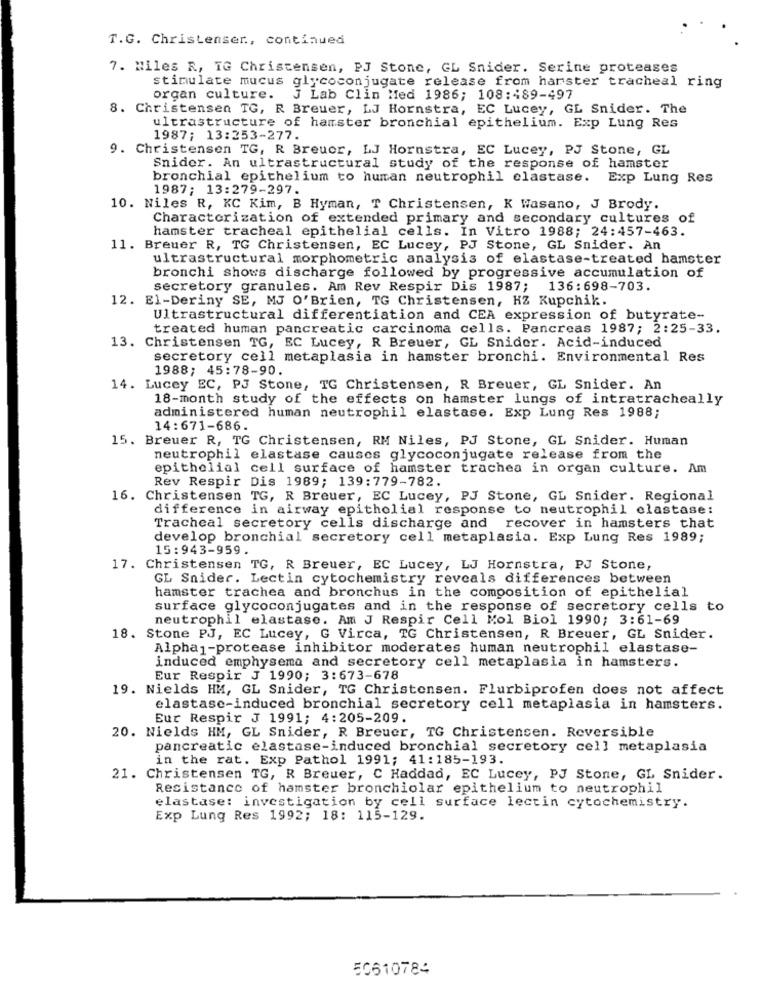
T.G. Christenser ., continued
7. Miles R, TG Christensen, PJ Stone, GL Snider. Serine proteases
stimulate mucus glycoconjugate release from harster tracheal ring
organ culture.
J Lab Clin Med 1986; 108:489-497
8. Christensen TG, R Breuer, LJ Hornstra, EC Lucey, GL Snider. The
ultrastructure of hamster bronchial epithelium. Exp Lung Res
1987; 13:253-277.
9. Christensen TG, R Breuer, LJ Hornstra, EC Lucey, PJ Stone, GL
Snider. An ultrastructural study of the response of hamster
bronchial epithelium to human neutrophil clastase.
Exp Lung Res
1987; 13:279-297.
10. Niles R, KC Kim, B Hyman, T Christensen, K Wasano, J Brody.
Characterization of extended primary and secondary cultures of
hamster tracheal epithelial cells. In Vitro 1988; 24:457-463.
11. Breuer R, TG Christensen, EC Lucey, PJ Stone, GL Snider. An
ultrastructural morphometric analysis of elastase-treated hamster
bronchi shows discharge followed by progressive accumulation of
secretory granules. Am Rev Respir Dis 1987;
136:698-703.
12. El-Deriny SE, MJ O'Brien, TG Christensen, HZ Kupchik.
Ultrastructural differentiation and CEA expression of butyrate-
treated human pancreatic carcinoma cells. Pancreas 1987; 2:25-33.
13. Christensen TG, EC Lucey, R Breuer, GL Snider. Acid-induced
secretory cell metaplasia in hamster bronchi. Environmental Res
1988; 45:78-90.
14. Lucey EC, PJ Stone, TG Christensen, R Breuer, GL Snider. An
18-month study of the effects on hamster lungs of intratracheally
administered human neutrophil elastase. Exp Lung Res 1988;
14:671-686.
15. Breuer R, TG Christensen, RM Niles, PJ Stone, GL Snider. Human
neutrophil elastase causes glycoconjugate release from the
epithelial cell surface of hamster trachea in organ culture. Am
Rev Respir Dis 1989; 139:779-782.
16. Christensen TG, R Breuer, EC Lucey, PJ Stone, GL Snider. Regional
difference in airway epithelial response to neutrophil elastase:
Tracheal secretory cells discharge and recover in hamsters that
develop bronchial secretory cell metaplasia. Exp Lung Res 1989;
15:943-959.
17. Christensen TG, R Breuer, EC Lucey, LJ Hornstra, PJ Stone,
GL Snider. Lectin cytochemistry reveals differences between
hamster trachea and bronchus in the composition of epithelial
surface glycoconjugates and in the response of secretory cells to
neutrophil elastase. Am J Respir Cell Mol Biol 1990; 3:61-69
18. Stone PJ, EC Lucey, G Virca, TG Christensen, R Breuer, GL Snider.
Alpha1-protease inhibitor moderates human neutrophil elastase-
induced emphysema and secretory cell metaplasia in hamsters.
Eur Respir J 1990; 3:673-678
19. Nields HM, GL Snider, TG Christensen. Flurbiprofen does not affect
elastase-induced bronchial secretory cell metaplasia in hamsters.
Eur Respir J 1991; 4:205-209.
20. Nields HM, GL Snider, R Breuer, TG Christensen. Reversible
pancreatic elastase-induced bronchial secretory cell metaplasia
in the rat. Exp Pathol 1991; 41:185-193.
21. Christensen TG, R Breuer, C Haddad, EC Lucey, PJ Stone, GL Snider.
Resistance of hamster bronchiolar epithelium to neutrophil
elastase: investigation by cell surface lectin cytochemistry.
Exp Lung Res 1992; 18: 115-129.
50610784